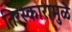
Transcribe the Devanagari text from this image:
तिरस्कारामुळे